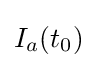
I_{a}(t_{0})